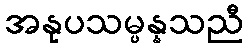
အနုပသမ္ပန္နသညီ